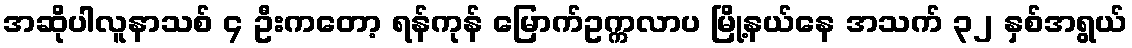
အဆိုပါလူနာသစ် ၄ ဦးကတော့ ရန်ကုန် မြောက်ဥက္ကလာပ မြို့နယ်နေ အသက် ၃၂ နှစ်အရွယ်